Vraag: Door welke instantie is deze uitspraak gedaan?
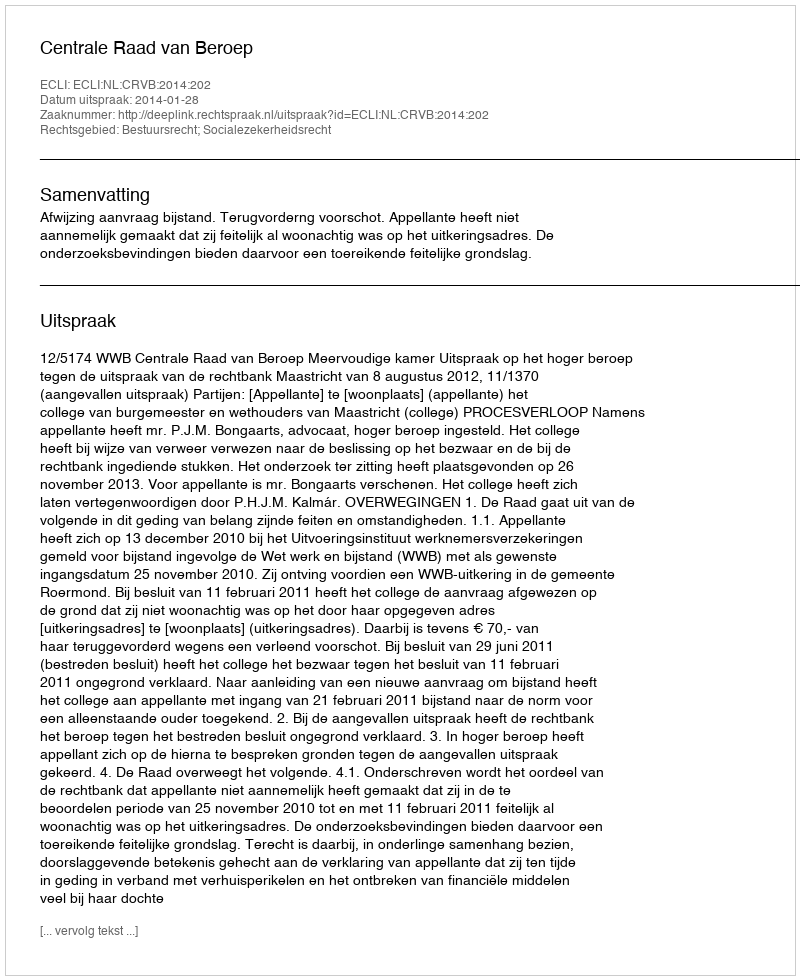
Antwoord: Centrale Raad van Beroep